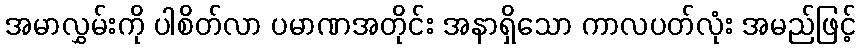
အမာလွှမ်းကို ပါစိတ်လာ ပမာဏအတိုင်း အနာရှိသော ကာလပတ်လုံး အမည်ဖြင့်